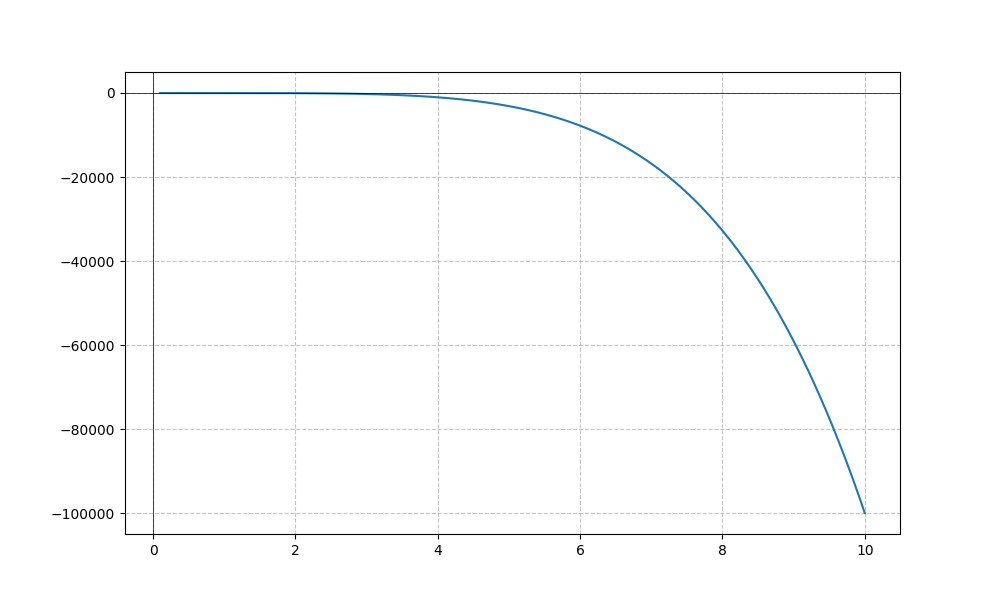
LaTeX formula: - x^{5} - \sin{\left(x \right)}